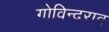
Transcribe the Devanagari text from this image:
गोविन्दराव